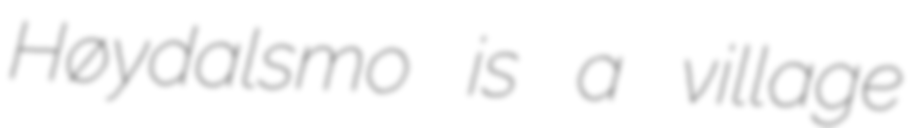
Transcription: Høydalsmo is a village